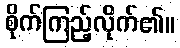
စိုက်ကြည့်လိုက်၏။